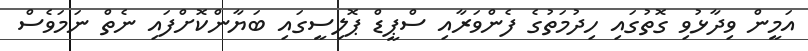
އަމީން ވިދާޅުވި ގޮތުގައި ހިދުމަތުގެ ފެންވަރާއި ސްޕީޑް ޕޮލިސީގައި ބަޔާންކޮށްފައި ނެތް ނަމަވެސް